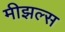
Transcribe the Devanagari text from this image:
मीझल्स